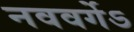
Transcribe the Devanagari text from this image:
नववर्गेऽ